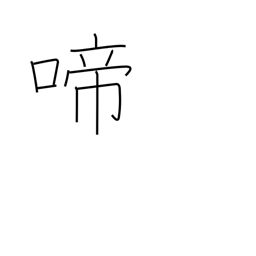
Meaning: chirp